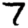
Digit: 7